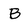
Character: B